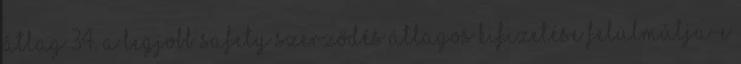
átlag 34. A legjobb safety szerződés átlagos kifizetése felülmúlja-e